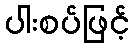
ပါးစပ်ဖြင့်